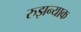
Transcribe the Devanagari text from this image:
रुझन्याक